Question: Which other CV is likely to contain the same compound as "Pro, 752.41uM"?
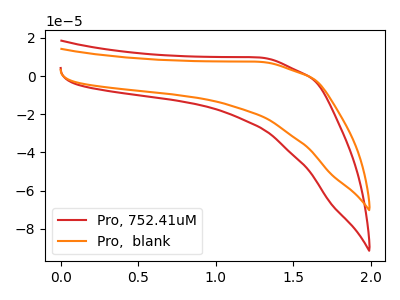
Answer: <think>The red curve "Pro, 752.41uM" has no peaks. The orange curve "Pro,  blank" has no peaks.
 Neither "Pro, 752.41uM" or "Pro,  blank" have any peaks.</think>
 <answer>The CV with the most similar shape to "Pro,  blank" is "Pro, 752.41uM".</answer>
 <eval>"Pro, 752.41uM"</eval>